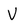
Character: V